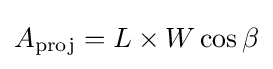
A_{\text{proj}}=L\times W\cos {\beta }